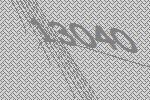
13040